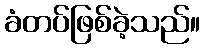
ခံတပ်ဖြစ်ခဲ့သည်။